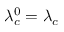
\lambda _ { c } ^ { 0 } = \lambda _ { c }